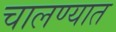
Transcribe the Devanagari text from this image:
चालण्यात